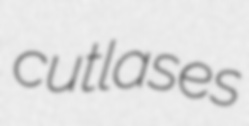
cutlases